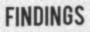
FINDINGS